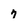
Character: 7